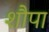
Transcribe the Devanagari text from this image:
शौपा